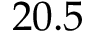
2 0 . 5